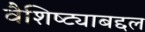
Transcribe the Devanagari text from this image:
वैशिष्ट्याबद्दल